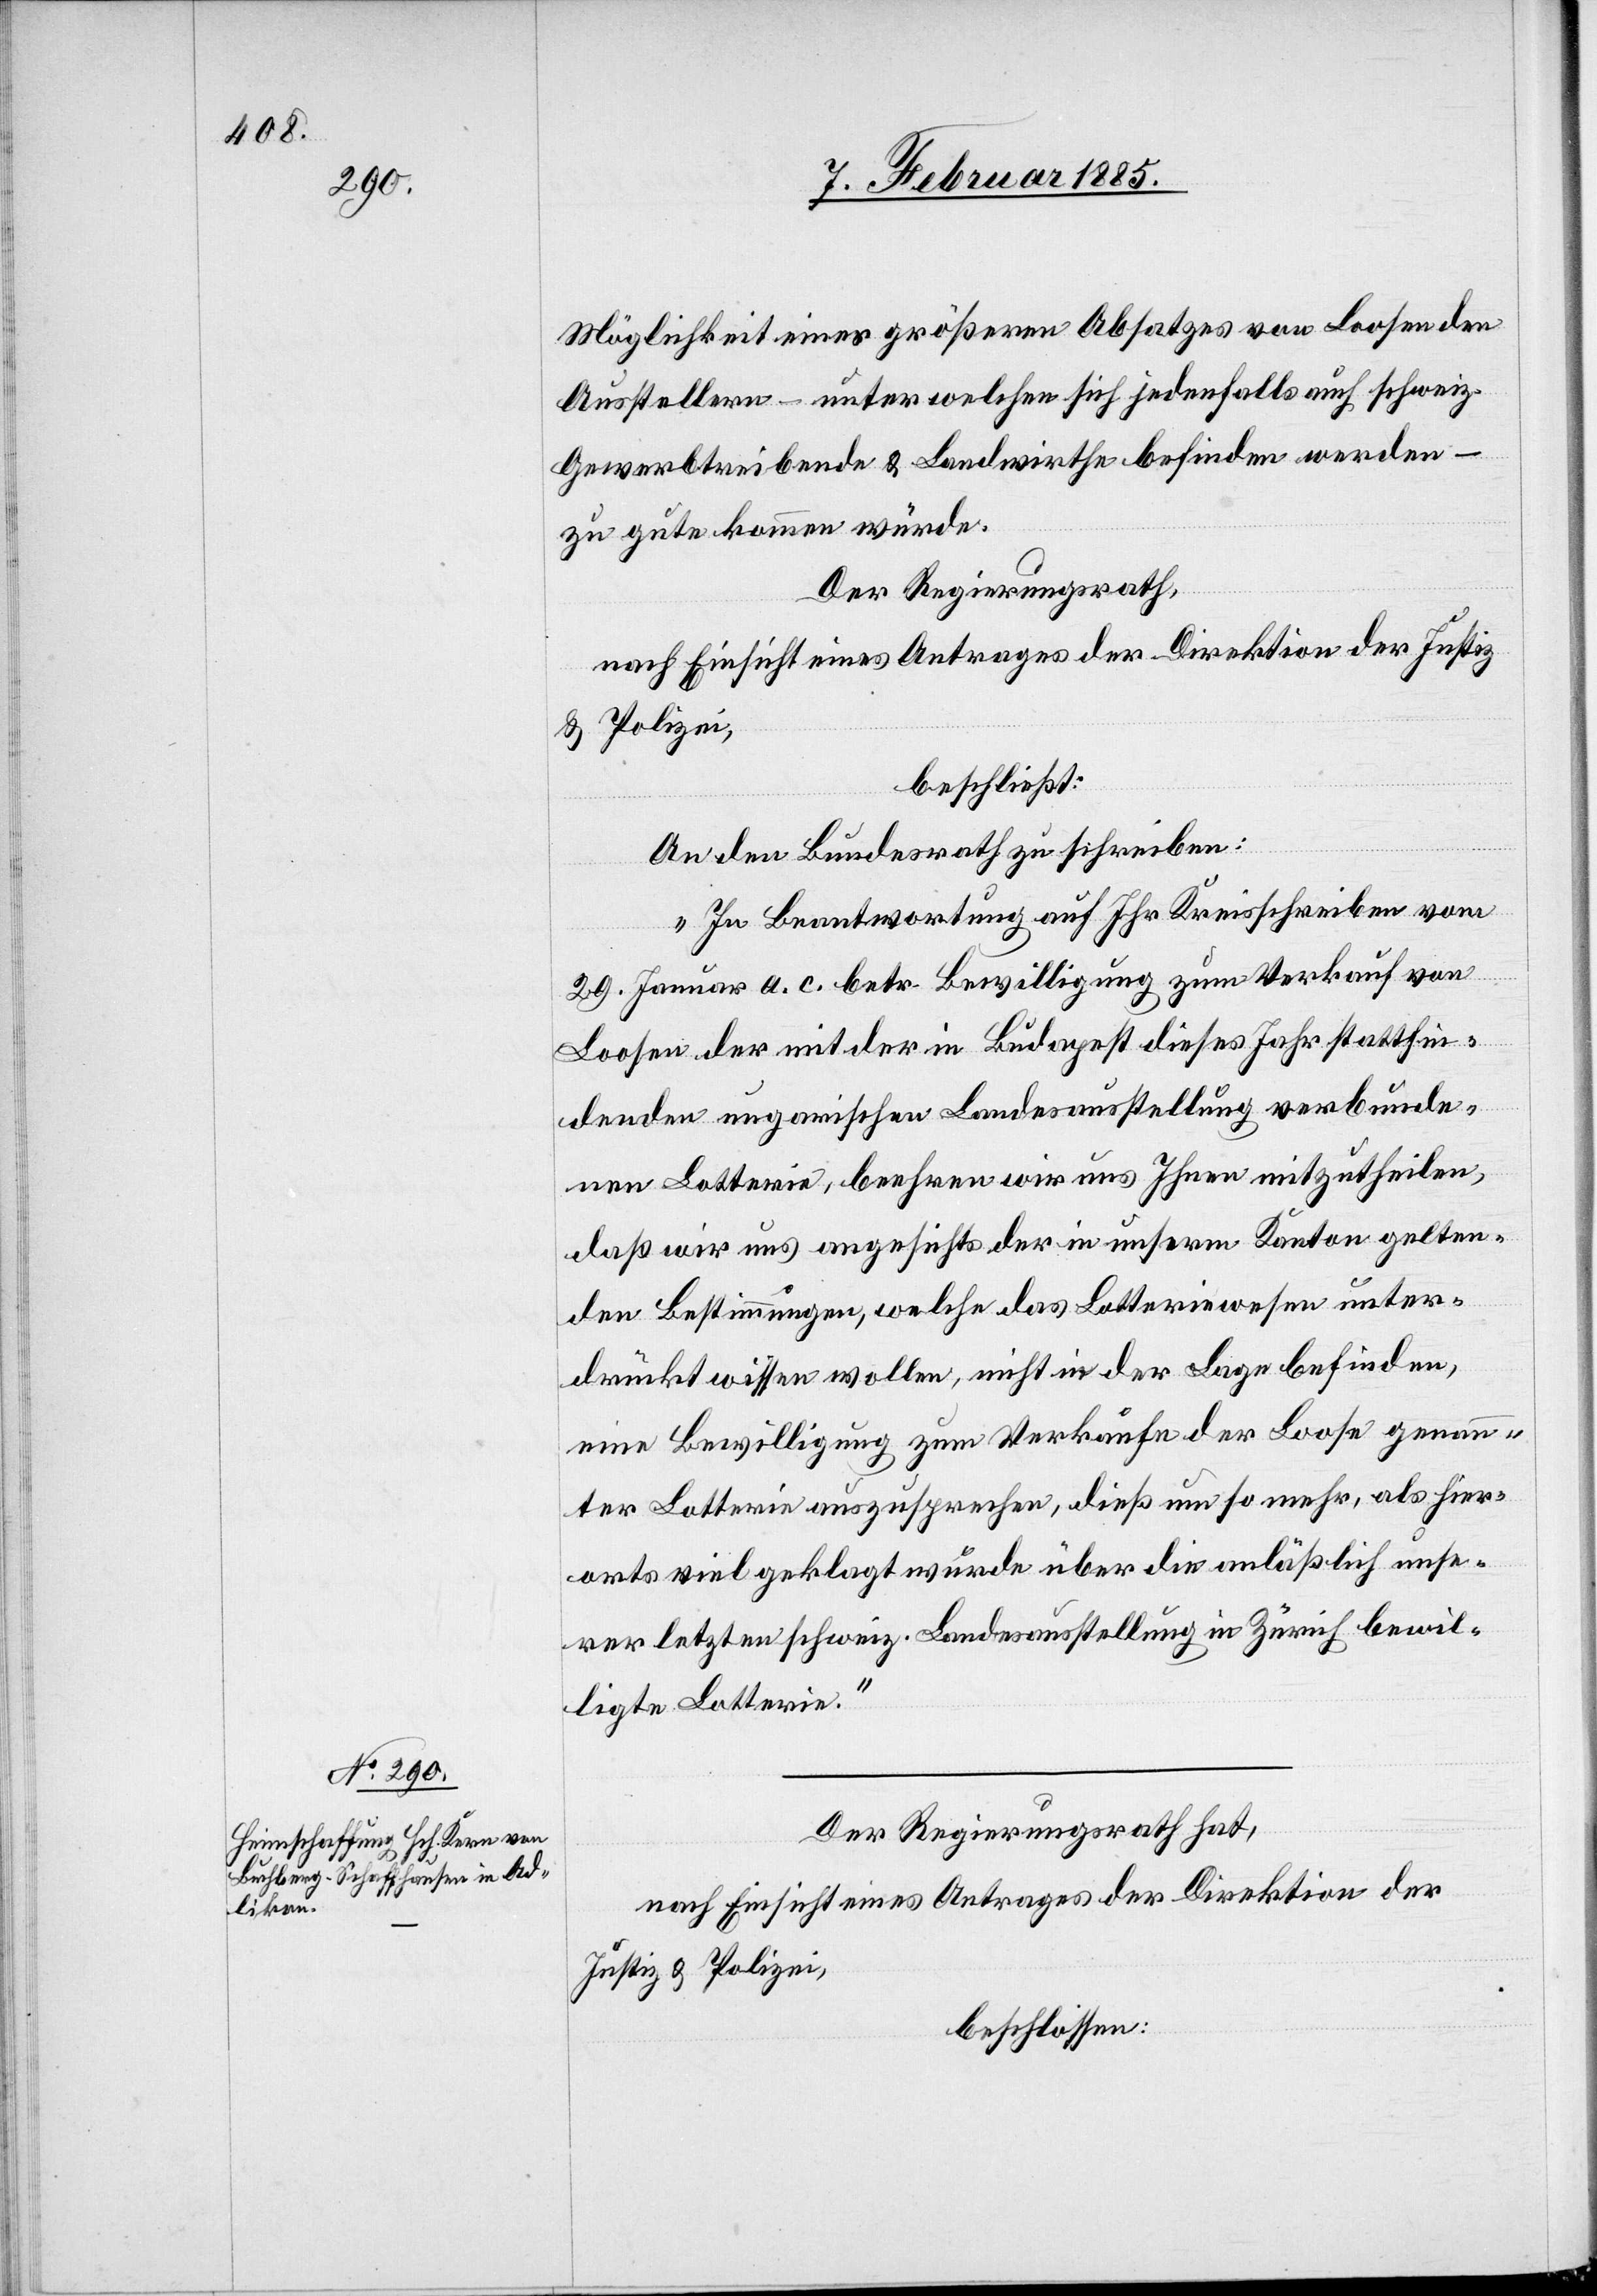
Möglichkeit eines größeren Absatzes von Loosen den
Ausstellern – unter welchen sich jedenfalls auch schweiz.
Gewerbtreibende & Landwirthe befinden werden –
zu gute kommen würde.
Der Regierungsrath,
nach Einsicht eines Antrages der Direktion der Justiz
& Polizei,
beschließt:
An den Bundesrath zu schreiben:
„In Beantwortung auf Ihr Kreisschreiben vom
29. Januar a. c. betr. Bewilligung zum Verkauf von
Loosen der mit der in Budapest dieses Jahr stattfin¬
denden ungarischen Landesausstellung verbunde¬
nen Lotterie, beehren wir uns Ihnen mitzutheilen,
daß wir uns angesichts der in unserm Kanton gelten¬
den Bestimmungen, welche das Lotteriewesen unter¬
drückt wissen wollen, nicht in der Lage befinden,
eine Bewilligung zum Verkaufe der Loose genann¬
ter Lotterie auszusprechen, dieß um so mehr, als hier¬
orts viel geklagt wurde über Direktion des Innern anläßlich unse¬
rer letzten schweiz. Landesausstellung in Zürich bewil¬
ligte Lotterie.“
Der Regierungsrath hat,
nach Einsicht eines Antrages der Direktion der
Justiz & Polizei,
beschlossen: